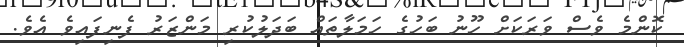
ކޮންމެ ވެސް ވަރަކަށް ހޫނު ބަހުގެ ހަމަލާތައް ބަދަލުކުރި މަންޒަރު ފެނިފައިވެ އެވެ.